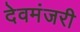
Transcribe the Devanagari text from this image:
देवमंजरी